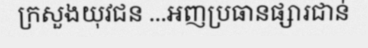
ក្រសួងយុវជន ...អញប្រធានផ្សារជាន់